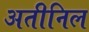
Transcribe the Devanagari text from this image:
अतीनिल